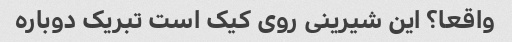
واقعا؟ این شیرینی روی کیک است تبریک دوباره